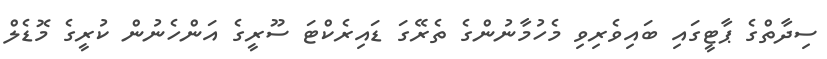
ސިދާތްގެ ޕާޓީގައި ބައިވެރިވި މެހުމާނުންގެ ތެރޭގަ ޑައިރެކްޓަ ސޫރީގެ އަންހެނުން ކުރީގެ މޮޑެލް